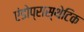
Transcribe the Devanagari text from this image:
एंडोप्रास्थेटिक